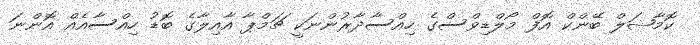
ކޮމާޝަލް ބޭންކް އޮފް މޯލްޑިވްސްގެ ހިއްސާދާރުންނަކީ ޗަމްޕާ އާއިލާގެ ބޮޑު ހިއްސާއެއް އޮންނަ